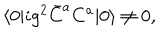
\langle 0 | i g ^ { 2 } \bar { C } ^ { a } C ^ { a } | 0 \rangle \not = 0 ,